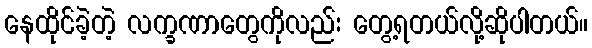
နေထိုင်ခဲ့တဲ့ လက္ခဏာတွေကိုလည်း တွေ့ရတယ်လို့ဆိုပါတယ်။